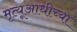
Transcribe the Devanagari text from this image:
मृत्यूआधीच्या